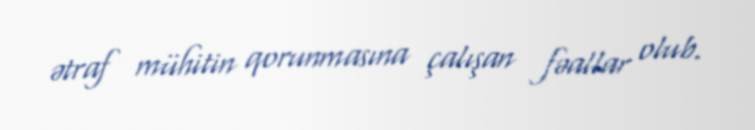
ətraf mühitin qorunmasına çalışan fəallar olub.